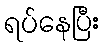
ရပ်နေပြီး